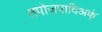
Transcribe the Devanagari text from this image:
तपोजपादिअक्ं